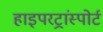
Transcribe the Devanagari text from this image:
हाइपरट्रांस्पोर्ट